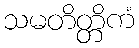
သမတိတ္တိကံ